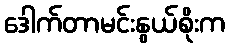
ဒေါက်တာမင်းနွယ်စိုးက